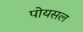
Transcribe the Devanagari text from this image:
पोयसल